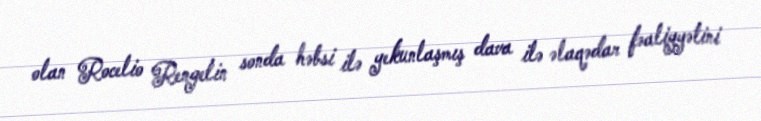
olan Rocelio Rengelin sonda həbsi ilə yekunlaşmış dava ilə əlaqədar fəaliyyətini